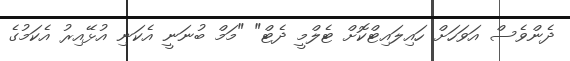
ދެންވެސް އަވަހަށް ހައިލައިޓްކޮށް ޓެލްމީ ދެޓް" "މަމް ބުނަނީ އެކަނި އުޅޭއިރު އެކަމުގެ